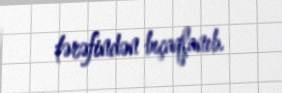
tərəfindən bıçaqlanıb.